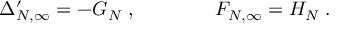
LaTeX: \Delta _ { N , \infty } ^ { \prime } = - G _ { N } \; , \qquad \qquad F _ { N , \infty } = H _ { N } \; .